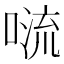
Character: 𠺩